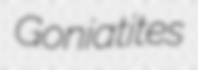
Goniatites